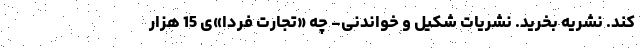
کند. نشریه بخرید. نشریات شکیل و خواندنی- چه «تجارت فردا»ی 15 هزار